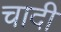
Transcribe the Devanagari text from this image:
चादी